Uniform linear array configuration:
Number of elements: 8
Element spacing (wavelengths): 1
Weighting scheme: kaiser
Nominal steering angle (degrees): -60
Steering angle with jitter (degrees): -61.545
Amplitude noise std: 0.05
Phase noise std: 0.05

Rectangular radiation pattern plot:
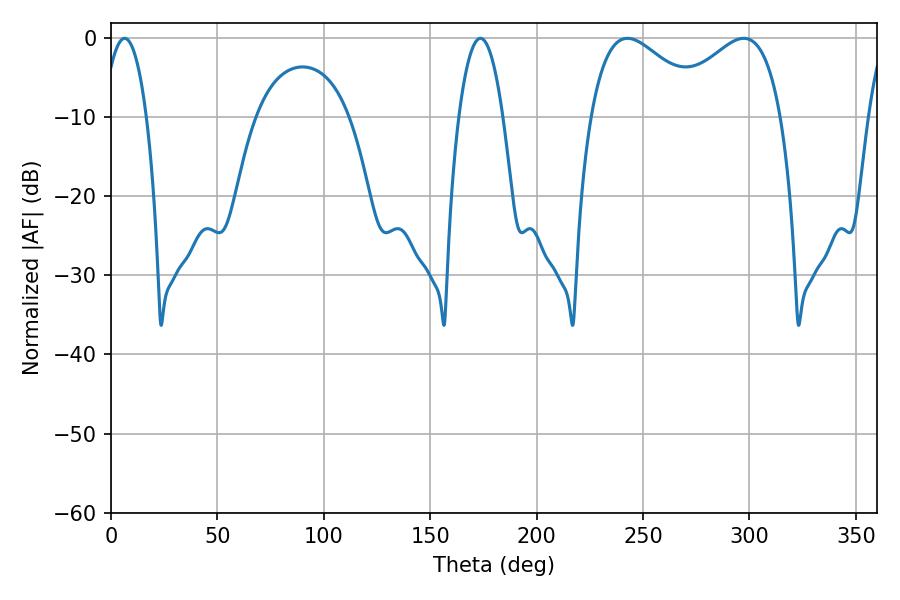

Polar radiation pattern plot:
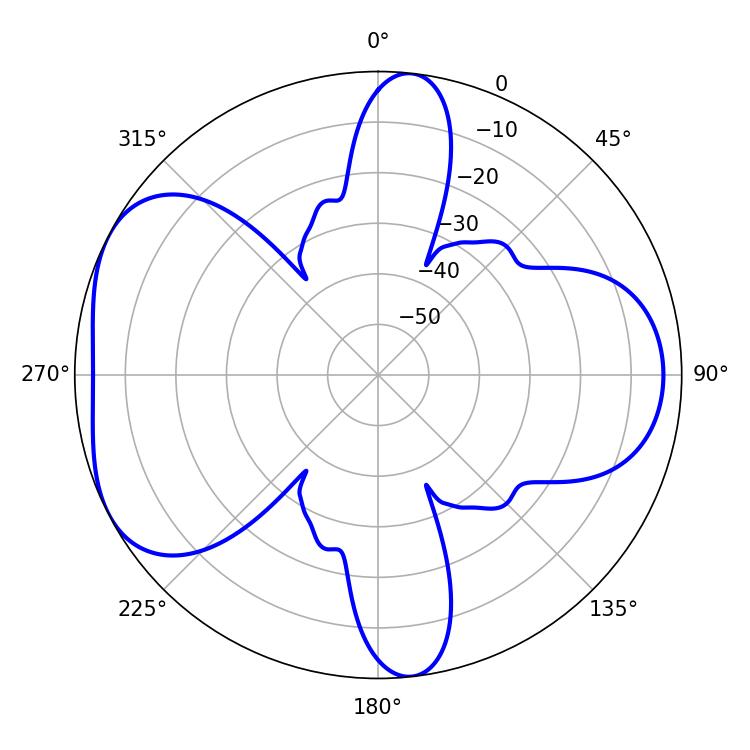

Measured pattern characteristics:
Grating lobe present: TRUE
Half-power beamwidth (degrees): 29.7
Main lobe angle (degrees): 242.64